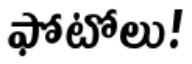
ఫోటోలు!